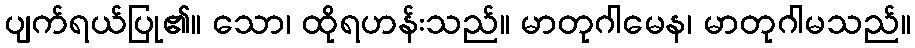
ပျက်ရယ်ပြု၏။ သော၊ ထိုရဟန်းသည်။ မာတုဂါမေန၊ မာတုဂါမသည်။